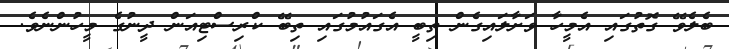
ބެލެވޭ ގޮތުގައި އެމީހާ ވަށާލައިގެން ތިބީ އެގައުމުގައި ތިބޭ ކްރިސްޓިއަން ދީނުގެ މީހުންނެވެ.